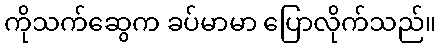
ကိုသက်ဆွေက ခပ်မာမာ ပြောလိုက်သည်။